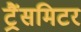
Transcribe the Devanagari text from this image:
ट्रैंसमिटर